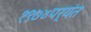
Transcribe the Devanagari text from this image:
१९७४पर्यंत